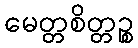
မေတ္တစိတ္တဉ္စ